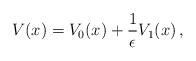
LaTeX: \begin{align*} V(x) = V_0(x) +\frac{1}{\epsilon} V_1(x)\,, \end{align*}